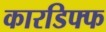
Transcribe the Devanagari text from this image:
कारडिफ्फ